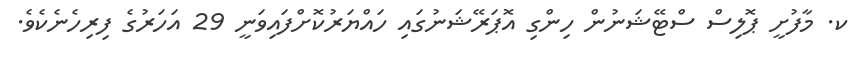
ކ. މާފުށީ ޕޮލިސް ސްޓޭޝަނުން ހިންގި އޮޕަރޭޝަނުގައި ހައްޔަރުކޮށްފައިވަނީ 29 އަހަރުގެ ފިރިހެނެކެވެ.